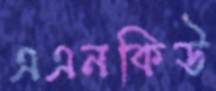
এএনকিউ